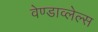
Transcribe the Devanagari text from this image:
वेण्डाव्लेल्स